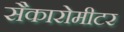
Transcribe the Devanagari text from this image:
सैकारोमीटर